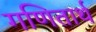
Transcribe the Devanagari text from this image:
गणितार्थ